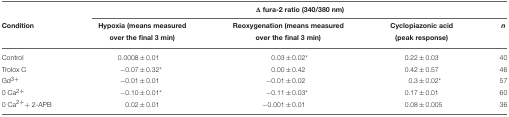
|  | <COLSPAN=4> Δ fura-2 ratio (340/380 nm) |
 | Condition | Hypoxia (means measured over the final 3 min) | Reoxygenation (means measured over the final 3 min) | Cyclopiazonic acid (peak response) | n |
 | --- | --- | --- | --- | --- |
 | Control | 0.0008 ± 0.01 | 0.03 ± 0.02* | 0.22 ± 0.03 | 40 |
 | Trolox C | −0.07 ± 0.32* | 0.00 ± 0.42 | 0.42 ± 0.57 | 46 |
 | Gd3+ | −0.01 ± 0.01 | −0.01 ± 0.02 | 0.3 ± 0.02* | 57 |
 | 0 Ca2+ | −0.10 ± 0.01* | −0.11 ± 0.03* | 0.17 ± 0.01 | 60 |
 | 0 Ca2++ 2-APB | 0.02 ± 0.01 | −0.001 ± 0.01 | 0.08 ± 0.005 | 36 |